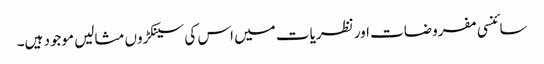
سائنسی مفروضات اور نظریات میں اس کی سینکڑوں مثالیں موجود ہیں۔